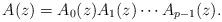
LaTeX: \begin{align*} A(z) = A_0(z) A_1(z) \cdots A_{p-1}(z). \end{align*}